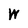
Character: W